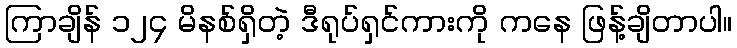
ကြာချိန် ၁၂၄ မိနစ်ရှိတဲ့ ဒီရုပ်ရှင်ကားကို ကနေ ဖြန့်ချိတာပါ။